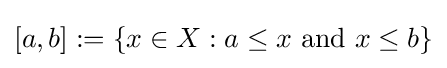
[a,b]:=\{x\in X:a\leq x{\text{ and }}x\leq b\}